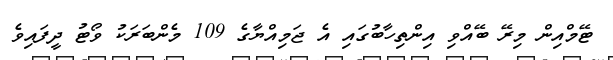
ޓޭމްއިން މިރޭ ބޭއްވި އިންތިހާބުގައި އެ ޖަމިއްޔާގެ 109 މެންބަރަކު ވޯޓު ދީފައިވެ